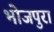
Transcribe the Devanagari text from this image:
भोजपुरा